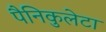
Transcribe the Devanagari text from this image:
पैनिकुलेटा